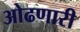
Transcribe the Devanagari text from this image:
ओढणारी